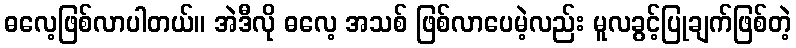
ဓလေ့ဖြစ်လာပါတယ်။ အဲဒီလို ဓလေ့ အသစ် ဖြစ်လာပေမဲ့လည်း မူလခွင့်ပြုချက်ဖြစ်တဲ့